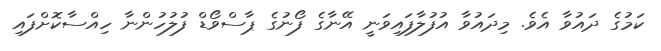
ކަމުގެ ދައުވާ އެވެ. މިދައުވާ އުފުލާފައިވަނީ އޭނާގެ ފޯނުގެ ޕާސްވޯޑް ފުލުހުންނާ ހިއްސާކޮށްފައި